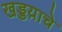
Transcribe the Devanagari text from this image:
खड्डय़ाचे